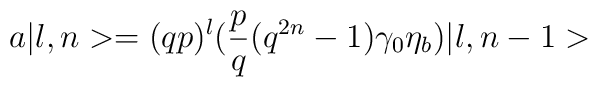
a \vert l,n > = ( qp)^l( {p\over q} ( q^{2n} - 1 )\gamma _0 \eta _b ) \vert l, n-1>